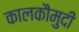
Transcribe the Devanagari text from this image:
कालकौमुदी